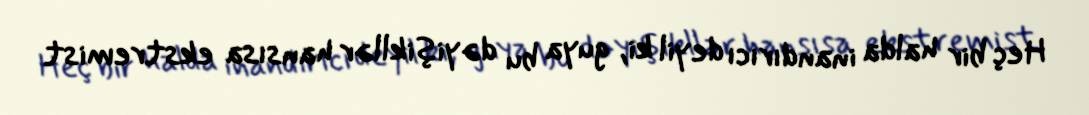
Heç bir halda inandırıcı deyil ki, guya bu dəyişikllər hansısa ekstremist